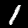
Label: 1